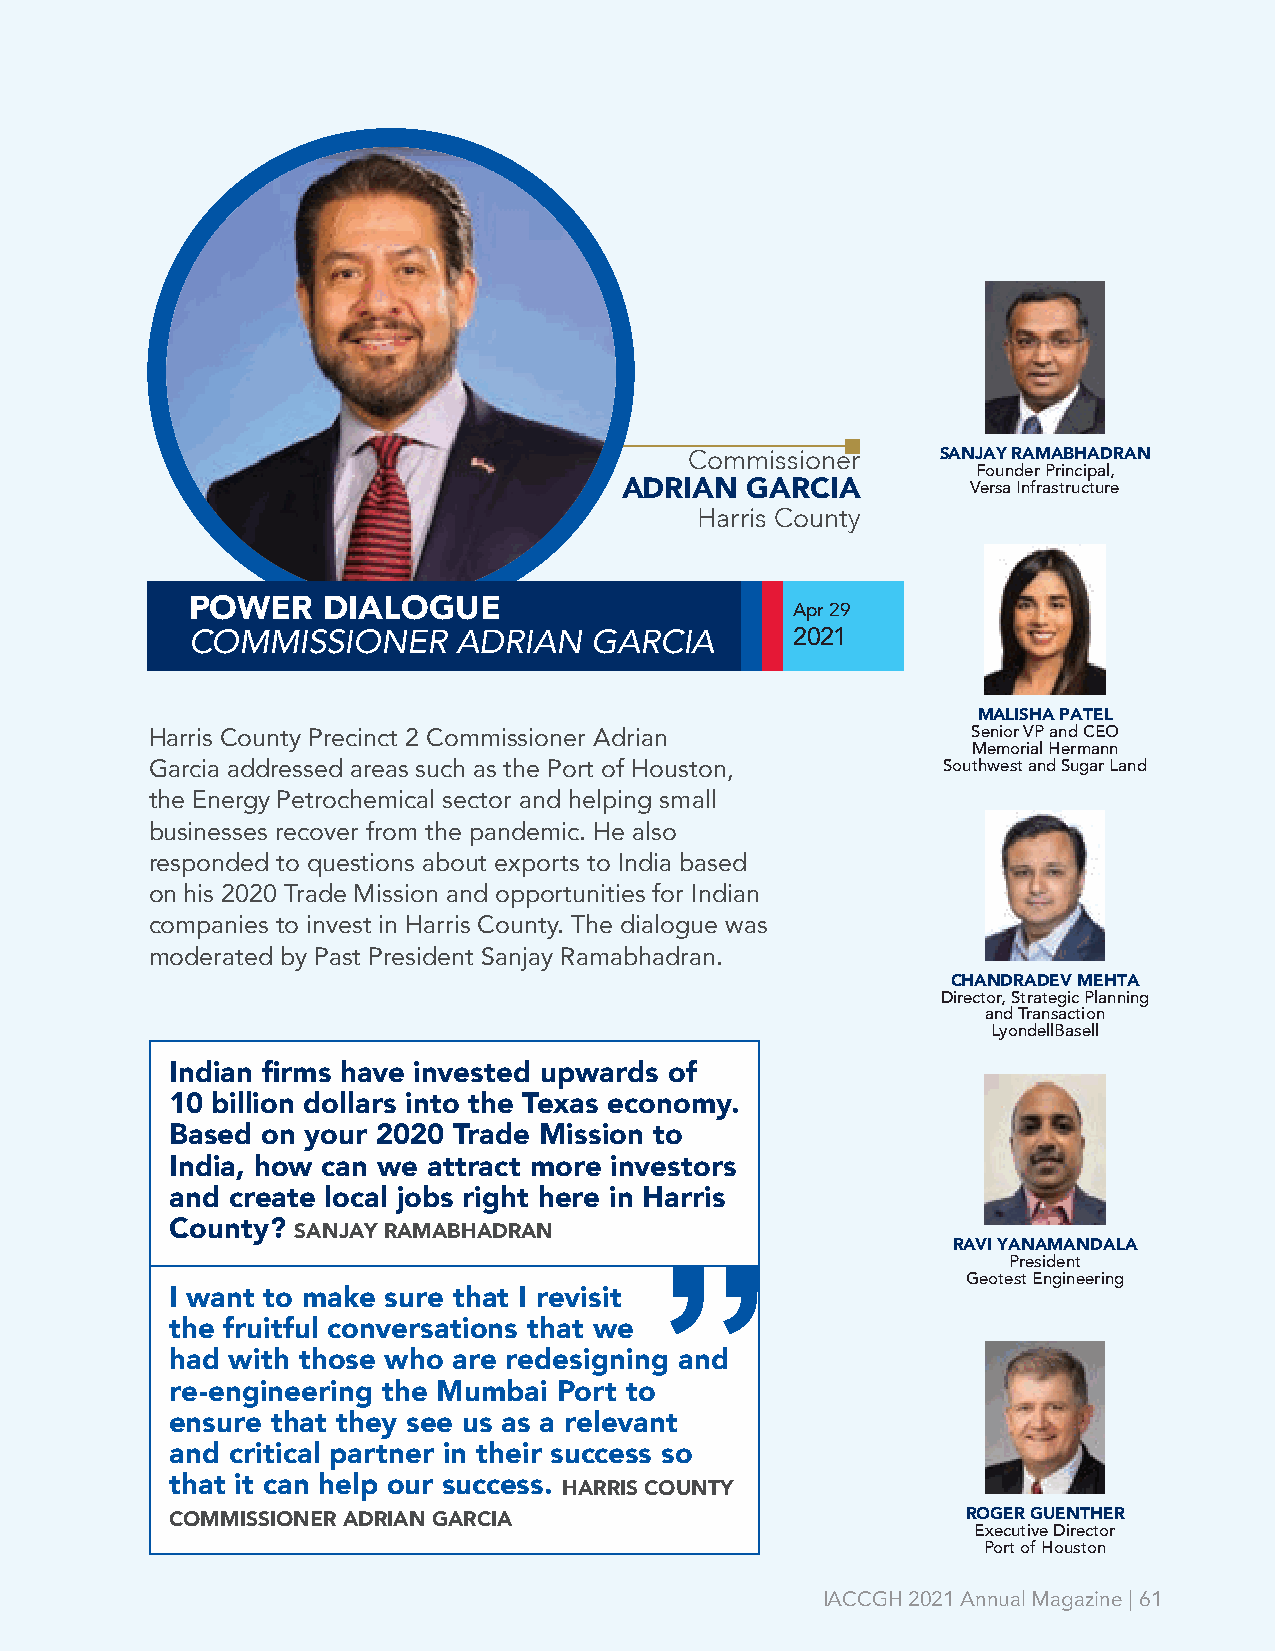
Commissioner    SANJAY RAMABHADRAN
 Founder Principal,
 ADRIAN  GARCIA         Versa Infrastructure
 Harris County
 POWER   DIALOGUE                        Apr 29
 COMMISSIONER     ADRIAN   GARCIA        2021
 MALISHA PATEL
 Harris County Precinct 2 Commissioner Adrian          Senior VP and CEO
 Memorial Hermann
 Garcia addressed areas such as the Port of Houston, Southwest and Sugar Land
 the Energy Petrochemical sector and helping small
 businesses recover from the pandemic. He also
 responded to questions about exports to India based
 on his 2020 Trade Mission and opportunities for Indian
 companies to invest in Harris County. The dialogue was
 moderated by Past President Sanjay Ramabhadran.
 CHANDRADEV MEHTA
 Director, Strategic Planning
 and Transaction
 LyondellBasell
 Indian firms have invested upwards of
 10 billion dollars into the Texas economy.
 Based on your 2020 Trade Mission to
 India, how can we attract more investors
 and create local jobs right here in Harris
 County? SANJAY RAMABHADRAN
 RAVI YANAMANDALA
 President
 Geotest Engineering
 I want to make sure that I revisit ”
 the fruitful conversations that we
 had with those who are redesigning and
 re-engineering the Mumbai Port to
 ensure that they see us as a relevant
 and critical partner in their success so
 that it can help our success. HARRIS COUNTY
 COMMISSIONER ADRIAN GARCIA                           ROGER GUENTHER
 Executive Director
 Port of Houston
 IACCGH 2021 Annual Magazine | 61